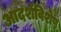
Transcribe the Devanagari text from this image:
आदर्शविशेष